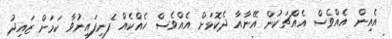
އެއިން އެއްވެސް އެއްޗަކުން އޭނާއާ ދެކޮޅަށް އެއްވެސް ހެއްކެއް ފެނިފައިނުވާ ކަމަށް ޒައިދު